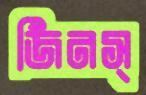
জিনস্